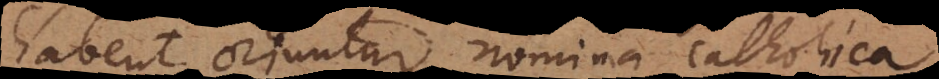
habent, oriuntur nomina catholica